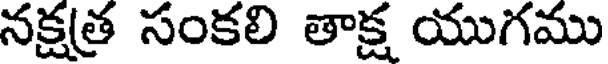
నక్షత్ర సంకలి తాక్ష యుగము